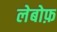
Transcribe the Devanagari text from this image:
लेबोफ़